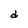
Character: d